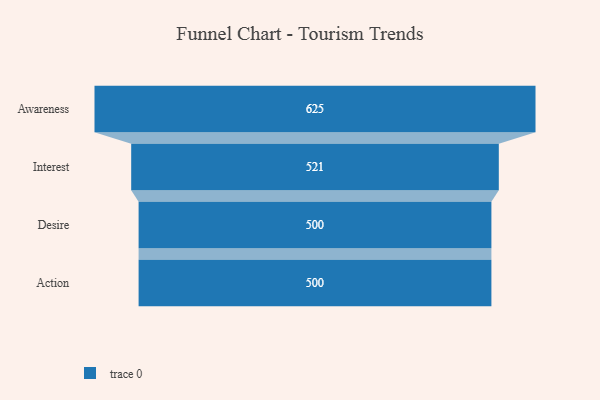
{"axis": {"x": "Stage", "y": "Value"}, "legend": [""], "data": [{"x": "Awareness", "y": 625.0, "type": ""}, {"x": "Interest", "y": 521.0, "type": ""}, {"x": "Desire", "y": 500, "type": ""}, {"x": "Action", "y": 500, "type": ""}]}